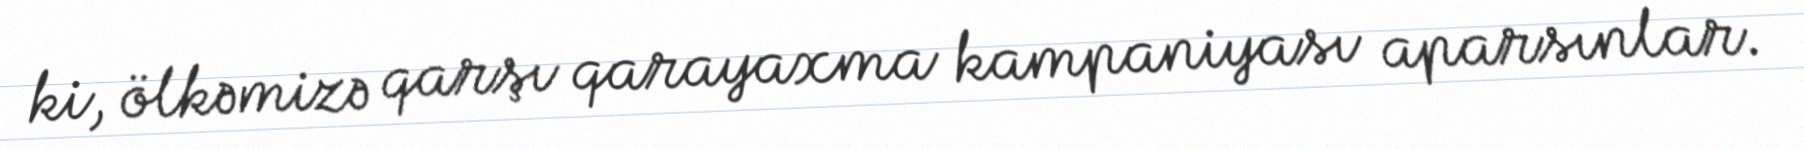
ki, ölkəmizə qarşı qarayaxma kampaniyası aparsınlar.